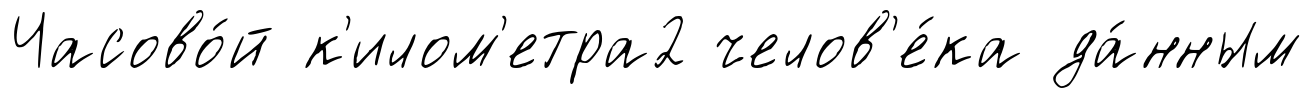
Часово́й к'илом'етра2 челов'е́ка да́нным